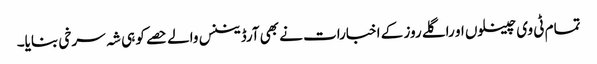
تمام ٹی وی چینلوں او راگلے روز کے اخبارات نے بھی آرڈیننس والے حصے کو ہی شہ سرخی بنایا۔